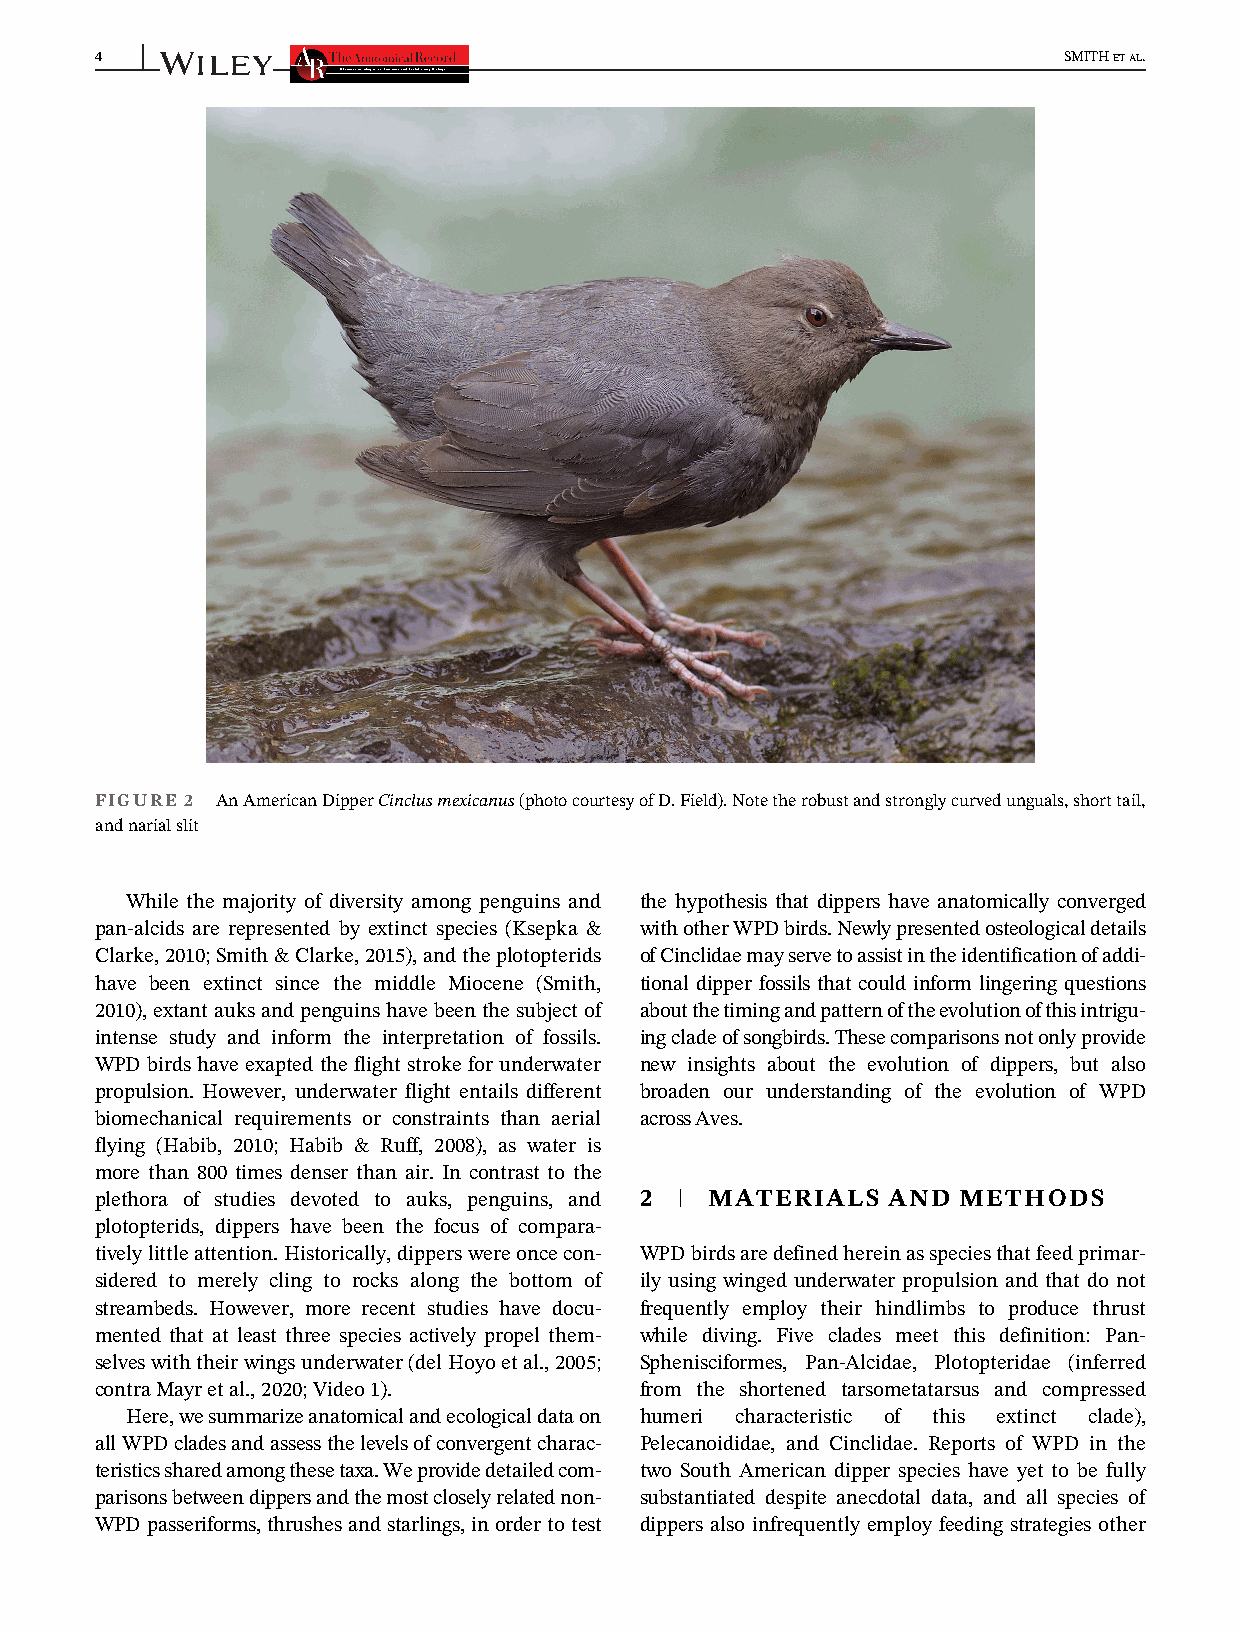
4                                                               SMITHETAL.
 FIGURE 2 AnAmericanDipperCinclusmexicanus(photocourtesyofD.Field).Notetherobustandstronglycurvedunguals,shorttail,
 andnarialslit
 While the majority of diversity among penguins and the hypothesis that dippers have anatomically converged
 pan-alcids are represented by extinct species (Ksepka & withotherWPDbirds.Newlypresentedosteologicaldetails
 Clarke,2010;Smith&Clarke,2015),andtheplotopterids ofCinclidaemayservetoassistintheidentificationofaddi-
 have been extinct since the middle Miocene (Smith, tional dipper fossils that could inform lingering questions
 2010),extantauksandpenguinshavebeenthesubjectof aboutthetimingandpatternoftheevolutionofthisintrigu-
 intense study and inform the interpretation of fossils. ingcladeofsongbirds.Thesecomparisonsnotonlyprovide
 WPD birds have exapted the flight stroke for underwater new insights about the evolution of dippers, but also
 propulsion. However, underwater flight entails different broaden our understanding of the evolution of WPD
 biomechanical requirements or constraints than aerial acrossAves.
 flying (Habib, 2010; Habib & Ruff, 2008), as water is
 more than 800 times denser than air. In contrast to the
 plethora of studies devoted to auks, penguins, and 2 | MATERIALS AND METHODS
 plotopterids, dippers have been the focus of compara-
 tivelylittleattention.Historically,dipperswereoncecon- WPDbirdsaredefinedhereinasspeciesthatfeedprimar-
 sidered to merely cling to rocks along the bottom of ily using winged underwater propulsion and that do not
 streambeds. However, more recent studies have docu- frequently employ their hindlimbs to produce thrust
 mented that at least three species actively propel them- while diving. Five clades meet this definition: Pan-
 selveswiththeirwingsunderwater(delHoyoetal.,2005; Sphenisciformes, Pan-Alcidae, Plotopteridae (inferred
 contraMayretal.,2020;Video1).       from the shortened tarsometatarsus and compressed
 Here,wesummarizeanatomicalandecologicaldataon humeri characteristic of this extinct clade),
 allWPDcladesandassessthelevelsofconvergentcharac- Pelecanoididae, and Cinclidae. Reports of WPD in the
 teristicssharedamongthesetaxa.Weprovidedetailedcom- two South American dipper species have yet to be fully
 parisonsbetweendippersandthemostcloselyrelatednon- substantiated despite anecdotal data, and all species of
 WPD passeriforms, thrushes and starlings, in orderto test dippers also infrequently employ feeding strategies other